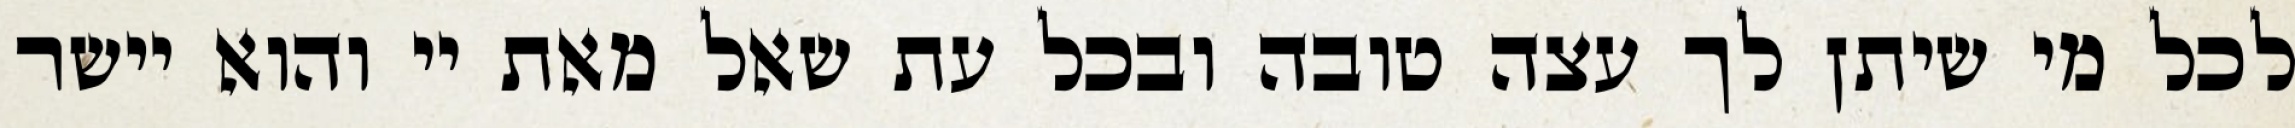
לכל מי שיתן לך עצה טובה ובכל עת שאל מאת יי והוא יישר